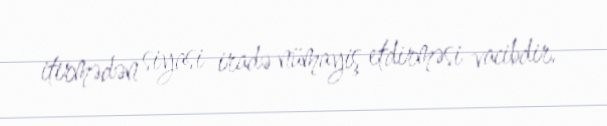
itirmədən siyasi iradə nümayiş etdirməsi vacibdir.